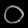
Digit: ၀